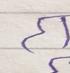
Signature authenticity: forged